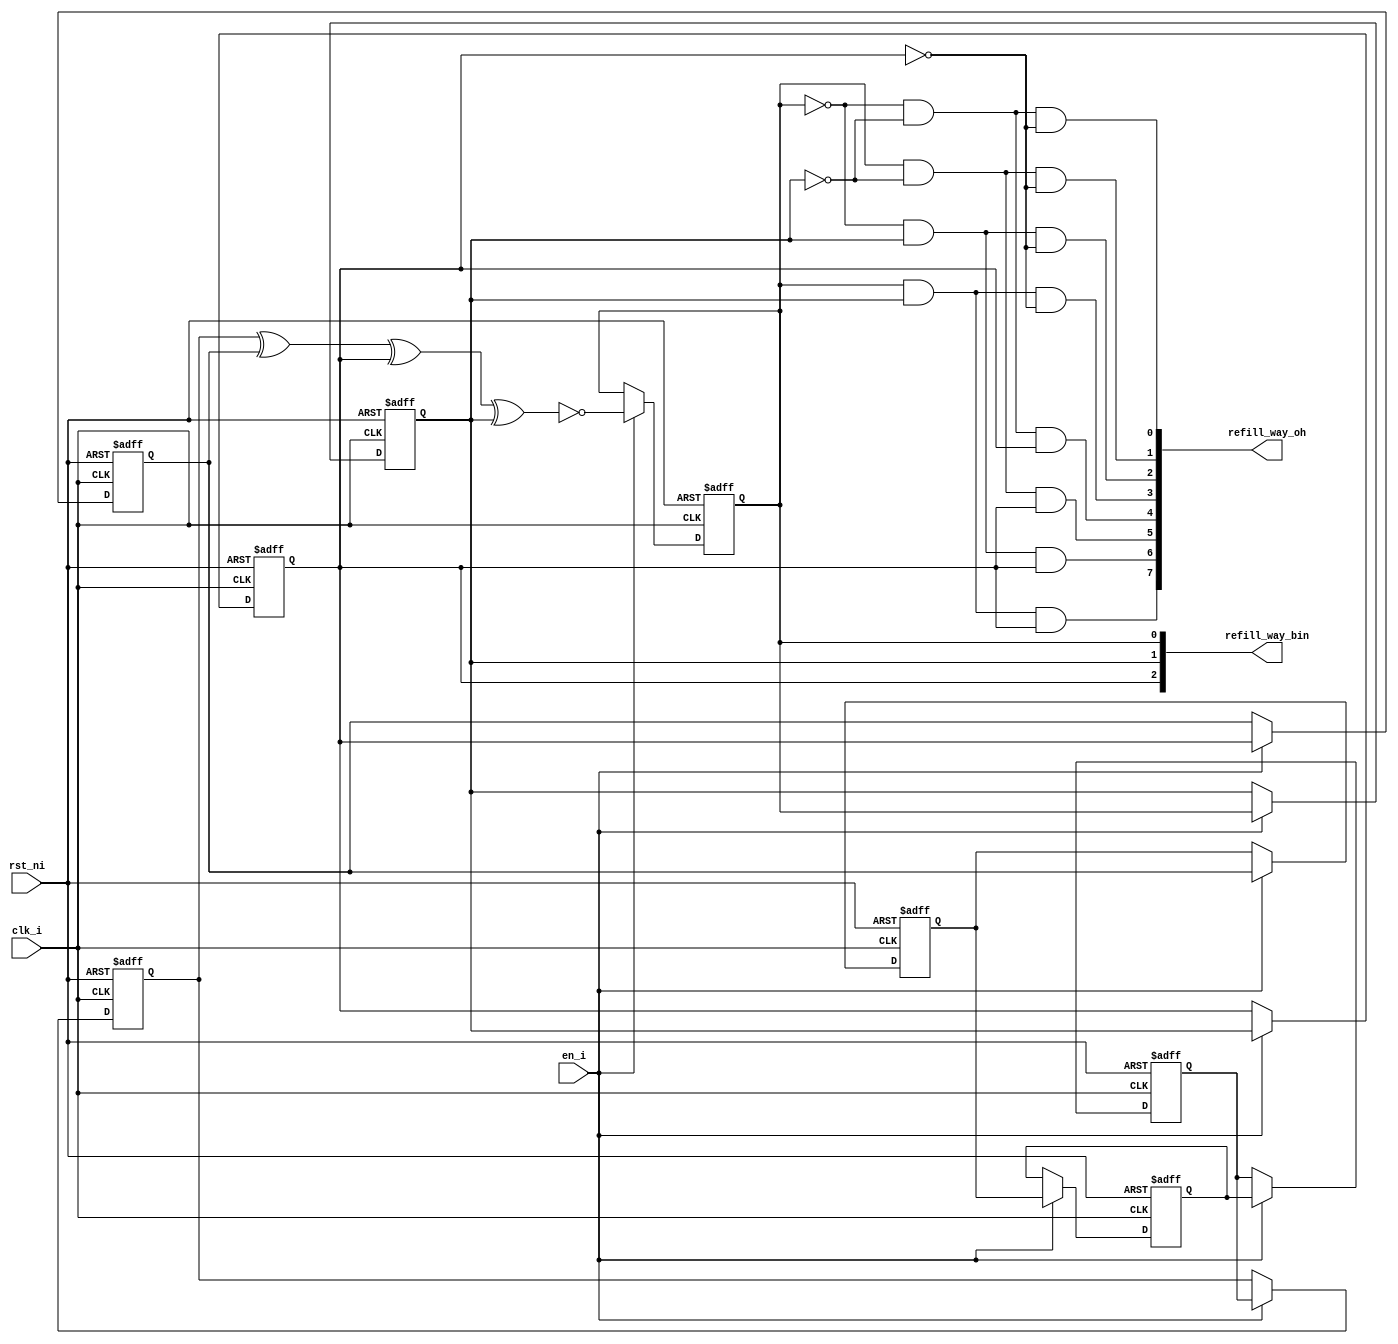
module lfsr_8bit_00000008
(
  clk_i,
  rst_ni,
  en_i,
  refill_way_oh,
  refill_way_bin
);

  output [7:0] refill_way_oh;
  output [2:0] refill_way_bin;
  input clk_i;
  input rst_ni;
  input en_i;
  wire [7:0] refill_way_oh;
  wire N0,N1,N2,N3,N4,N5,N6,N7,N8,N9,N10,N11,N12,N13,N14,N15,N16,N17,N18,N19,N20,N21,
  N22,N23,N24;
  reg [7:3] shift_q;
  reg [2:0] refill_way_bin;

  always @(posedge clk_i or posedge N13) begin
    if(N13) begin
      shift_q[7] <= 1'b0;
    end else if(en_i) begin
      shift_q[7] <= shift_q[6];
    end 
  end


  always @(posedge clk_i or posedge N13) begin
    if(N13) begin
      shift_q[6] <= 1'b0;
    end else if(en_i) begin
      shift_q[6] <= shift_q[5];
    end 
  end


  always @(posedge clk_i or posedge N13) begin
    if(N13) begin
      shift_q[5] <= 1'b0;
    end else if(en_i) begin
      shift_q[5] <= shift_q[4];
    end 
  end


  always @(posedge clk_i or posedge N13) begin
    if(N13) begin
      shift_q[4] <= 1'b0;
    end else if(en_i) begin
      shift_q[4] <= shift_q[3];
    end 
  end


  always @(posedge clk_i or posedge N13) begin
    if(N13) begin
      shift_q[3] <= 1'b0;
    end else if(en_i) begin
      shift_q[3] <= refill_way_bin[2];
    end 
  end


  always @(posedge clk_i or posedge N13) begin
    if(N13) begin
      refill_way_bin[2] <= 1'b0;
    end else if(en_i) begin
      refill_way_bin[2] <= refill_way_bin[1];
    end 
  end


  always @(posedge clk_i or posedge N13) begin
    if(N13) begin
      refill_way_bin[1] <= 1'b0;
    end else if(en_i) begin
      refill_way_bin[1] <= refill_way_bin[0];
    end 
  end


  always @(posedge clk_i or posedge N13) begin
    if(N13) begin
      refill_way_bin[0] <= 1'b0;
    end else if(en_i) begin
      refill_way_bin[0] <= N12;
    end 
  end

  assign N14 = refill_way_bin[0] & refill_way_bin[1];
  assign refill_way_oh[7] = N14 & refill_way_bin[2];
  assign N15 = N0 & refill_way_bin[1];
  assign N0 = ~refill_way_bin[0];
  assign refill_way_oh[6] = N15 & refill_way_bin[2];
  assign N16 = refill_way_bin[0] & N1;
  assign N1 = ~refill_way_bin[1];
  assign refill_way_oh[5] = N16 & refill_way_bin[2];
  assign N17 = N2 & N3;
  assign N2 = ~refill_way_bin[0];
  assign N3 = ~refill_way_bin[1];
  assign refill_way_oh[4] = N17 & refill_way_bin[2];
  assign N18 = refill_way_bin[0] & refill_way_bin[1];
  assign refill_way_oh[3] = N18 & N4;
  assign N4 = ~refill_way_bin[2];
  assign N19 = N5 & refill_way_bin[1];
  assign N5 = ~refill_way_bin[0];
  assign refill_way_oh[2] = N19 & N6;
  assign N6 = ~refill_way_bin[2];
  assign N20 = refill_way_bin[0] & N7;
  assign N7 = ~refill_way_bin[1];
  assign refill_way_oh[1] = N20 & N8;
  assign N8 = ~refill_way_bin[2];
  assign N21 = N9 & N10;
  assign N9 = ~refill_way_bin[0];
  assign N10 = ~refill_way_bin[1];
  assign refill_way_oh[0] = N21 & N11;
  assign N11 = ~refill_way_bin[2];
  assign N12 = ~N24;
  assign N24 = N23 ^ refill_way_bin[1];
  assign N23 = N22 ^ refill_way_bin[2];
  assign N22 = shift_q[7] ^ shift_q[3];
  assign N13 = ~rst_ni;

endmodule